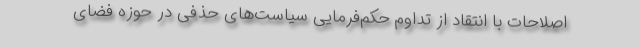
اصلاحات با انتقاد از تداوم حکم‌فرمایی سیاست‌های حذفی در حوزه فضای